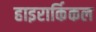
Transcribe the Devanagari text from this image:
हाइरार्किकल